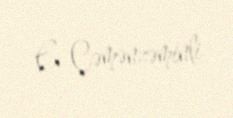
E. Çəmənzəminli